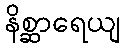
နိစ္ဆာရေယျ